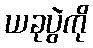
ယခုပွဲကို